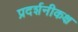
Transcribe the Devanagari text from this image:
प्रदर्शनीकक्ष